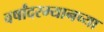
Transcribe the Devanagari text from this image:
वर्षांदरम्यानच्या